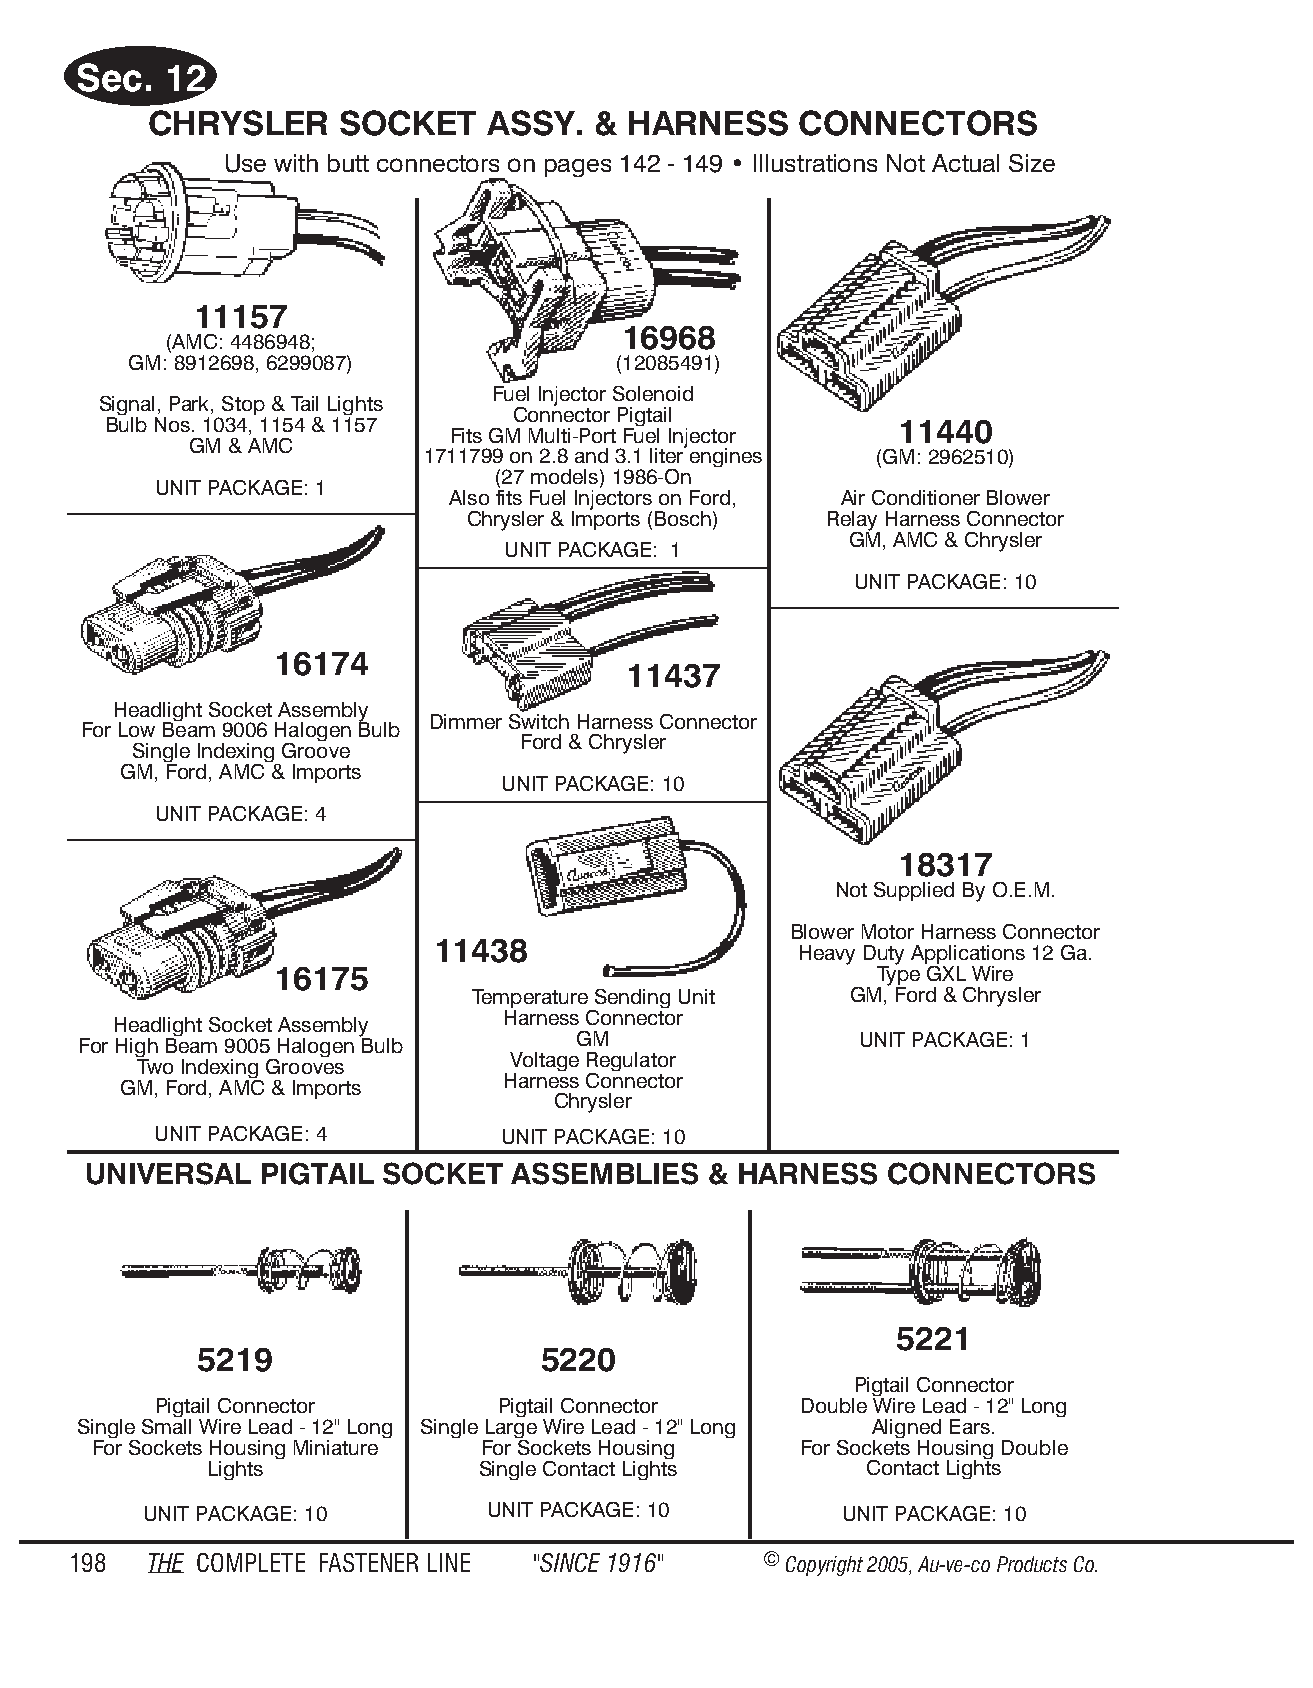
Sec.  12
 CHRYSLER     SOCKET   ASSY.   & HARNESS    CONNECTORS
 Use with butt con nec tors on pages 142 - 149 • Il lus tra tions Not Ac tual Size
 11157
 16968
 (AMC: 4486948;
 GM: 8912698, 6299087)           (12085491)
 Fuel Injector Solenoid
 Signal, Park, Stop & Tail Lights
 Connector Pigtail
 Bulb Nos. 1034, 1154 & 1157                          11440
 Fits GM Multi-Port Fuel Injector
 GM & AMC
 1711799 on 2.8 and 3.1 liter engines (GM: 2962510)
 (27 models) 1986-On
 UNIT PACKAGE: 1
 Also fits Fuel Injectors on Ford, Air Conditioner Blower
 Chrysler & Imports (Bosch) Relay Harness Connector
 GM, AMC & Chrysler
 UNIT PACKAGE: 1
 UNIT PACKAGE: 10
 16174
 11437
 Headlight Socket Assembly
 Dimmer Switch Harness Connector
 For Low Beam 9006 Halogen Bulb
 Ford & Chrysler
 Single Indexing Groove
 GM, Ford, AMC & Imports
 UNIT PACKAGE: 10
 UNIT PACKAGE: 4
 18317
 Not Supplied By O.E.M.
 Blower Motor Harness Connector
 11438
 Heavy Duty Applications 12 Ga.
 16175                                   Type GXL Wire
 Temperature Sending Unit GM, Ford & Chrysler
 Harness Connector
 Headlight Socket Assembly
 For High Beam 9005 Halogen Bulb  GM                 UNIT PACKAGE: 1
 Voltage Regulator
 Two Indexing Grooves
 Harness Connector
 GM, Ford, AMC & Imports
 Chrysler
 UNIT PACKAGE: 4        UNIT PACKAGE: 10
 UNIV ERS AL PIGT AIL SOCKET ASS EMB LIES & HARN  ESS CONN  ECT ORS
 5221
 5219                   5220
 Pigtail Connector
 Pigtail Connector      Pigtail Connector   Double Wire Lead - 12" Long
 Single Small Wire Lead - 12" Long Single Large Wire Lead - 12" Long Aligned Ears.
 For Sockets Housing Miniature For Sockets Housing For Sockets Housing Double
 Lights            Single Contact Lights     Contact Lights
 UNIT PACKAGE: 10      UNIT PACKAGE: 10        UNIT PACKAGE: 10
 198  THE COM PLETE FAST ENER LINE "SINCE 1916" © Copyr ight 2005, Au-ve-co Produ cts Co.